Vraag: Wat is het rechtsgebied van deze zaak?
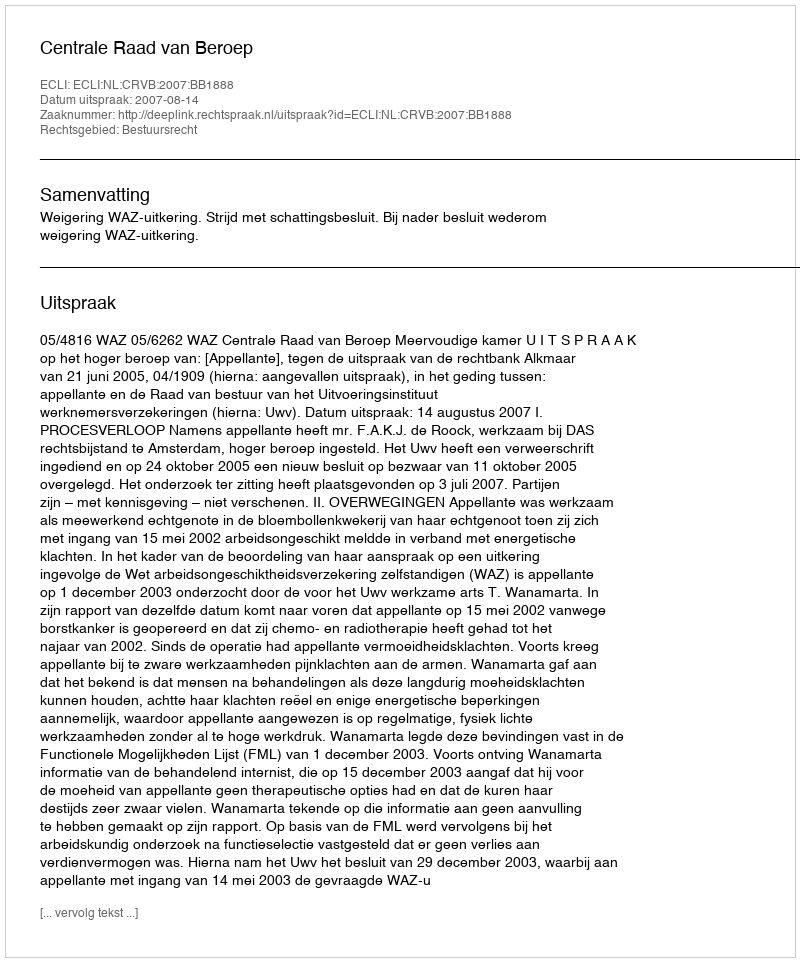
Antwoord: Bestuursrecht